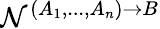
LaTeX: \mathcal{N}^{(A_{1},...,A_{n})\rightarrow B}